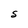
Character: S